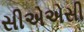
સીએએસી